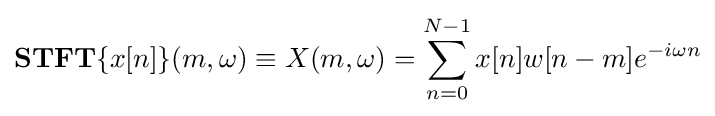
\mathbf {STFT} \{x[n]\}(m,\omega )\equiv X(m,\omega )=\sum _{n=0}^{N-1}x[n]w[n-m]e^{-i\omega n}